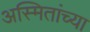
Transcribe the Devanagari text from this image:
अस्मितांच्या